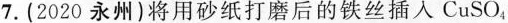
7.(2020永州)将用砂纸打磨后的铁丝插入CuSO_{4}